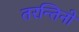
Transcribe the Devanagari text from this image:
तरन्तिनो